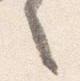
言